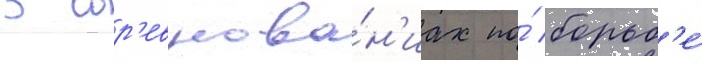
В сор'евнова́н'иах по́ борьб'е́